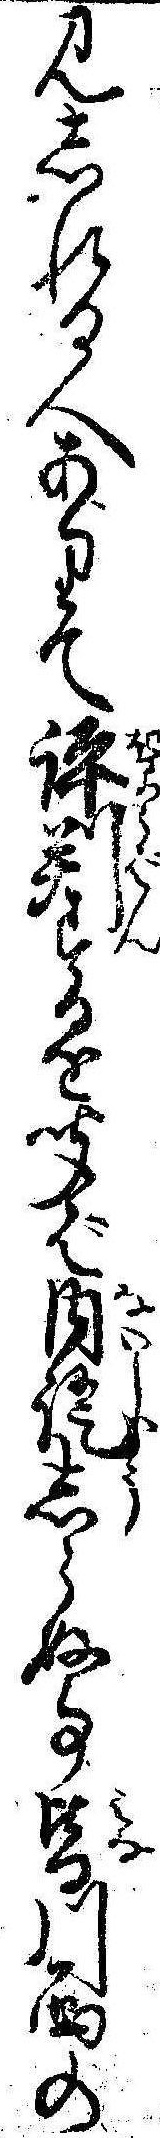
見しれる人ありて評判するを聞ば内証しらぬ事皆川西の